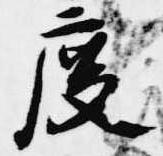
度